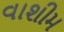
વાશીમ